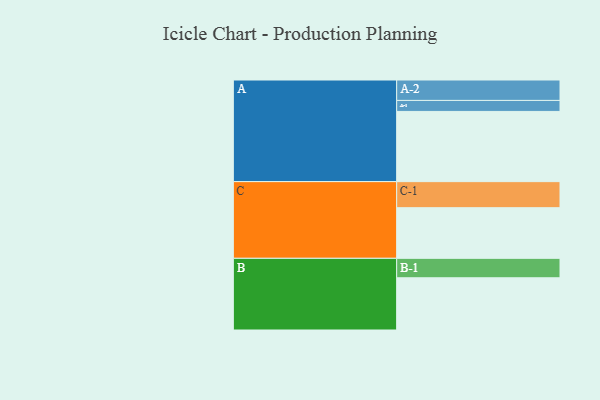
{"axis": {"x": "Segment", "y": "Value"}, "legend": ["", "A", "B", "C"], "data": [{"x": "A", "y": 574, "type": ""}, {"x": "B", "y": 427, "type": ""}, {"x": "C", "y": 414, "type": ""}, {"x": "A-1", "y": 90, "type": "A"}, {"x": "A-2", "y": 167, "type": "A"}, {"x": "B-1", "y": 159, "type": "B"}, {"x": "C-1", "y": 213, "type": "C"}]}